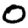
Digit: 0